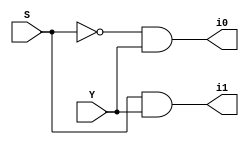
module Demux_1X2(Y,S,i0,i1);
 input Y,S;
 output i0,i1;

 and gate1 (i0,~S,Y);
 and gate2 (i1,S,Y);

endmodule